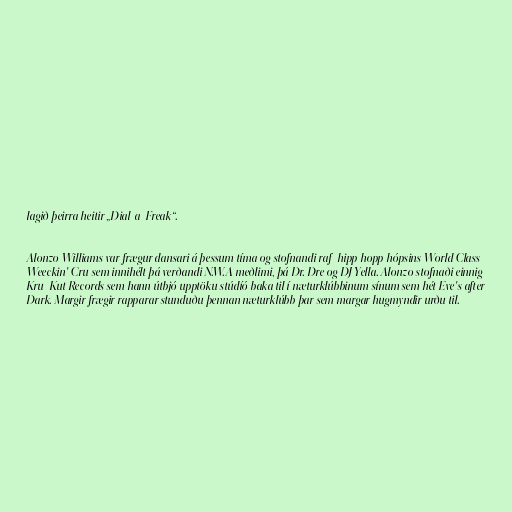
lagið þeirra heitir „Dial-a-Freak“.

Alonzo Williams var frægur dansari á þessum tíma og stofnandi raf–hipp hopp hópsins World Class
Weeckin' Cru sem innihélt þá verðandi N.W.A meðlimi, þá Dr. Dre og DJ Yella. Alonzo stofnaði einnig
Kru–Kut Records sem hann útbjó upptöku stúdíó baka til í næturklúbbinum sínum sem hét Eve's after
Dark. Margir frægir rapparar stunduðu þennan næturklúbb þar sem margar hugmyndir urðu til.